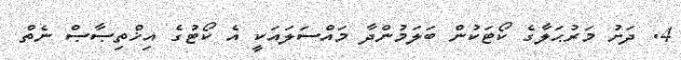
4. ދަށު މަރުޙަލާގެ ކޯޓަކުން ބަލަމުންދާ މައްސަލައަކީ އެ ކޯޓުގެ އިޚްތިޞާޞް ނެތް